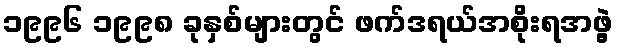
၁၉၉၆ ၁၉၉၈ ခုနှစ်များတွင် ဖက်ဒရယ်အစိုးရအဖွဲ့